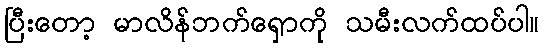
ပြီးတော့ မာလိန်ဘက်ရှောကို သမီးလက်ထပ်ပါ။